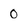
Character: 0